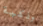
وذكية